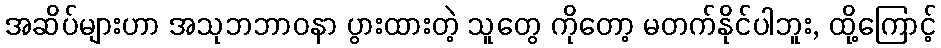
အဆိပ်များဟာ အသုဘဘာဝနာ ပွားထားတဲ့ သူတွေ ကိုတော့ မတက်နိုင်ပါဘူး, ထို့ကြောင့်